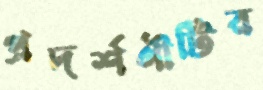
প্রদর্শণীটির